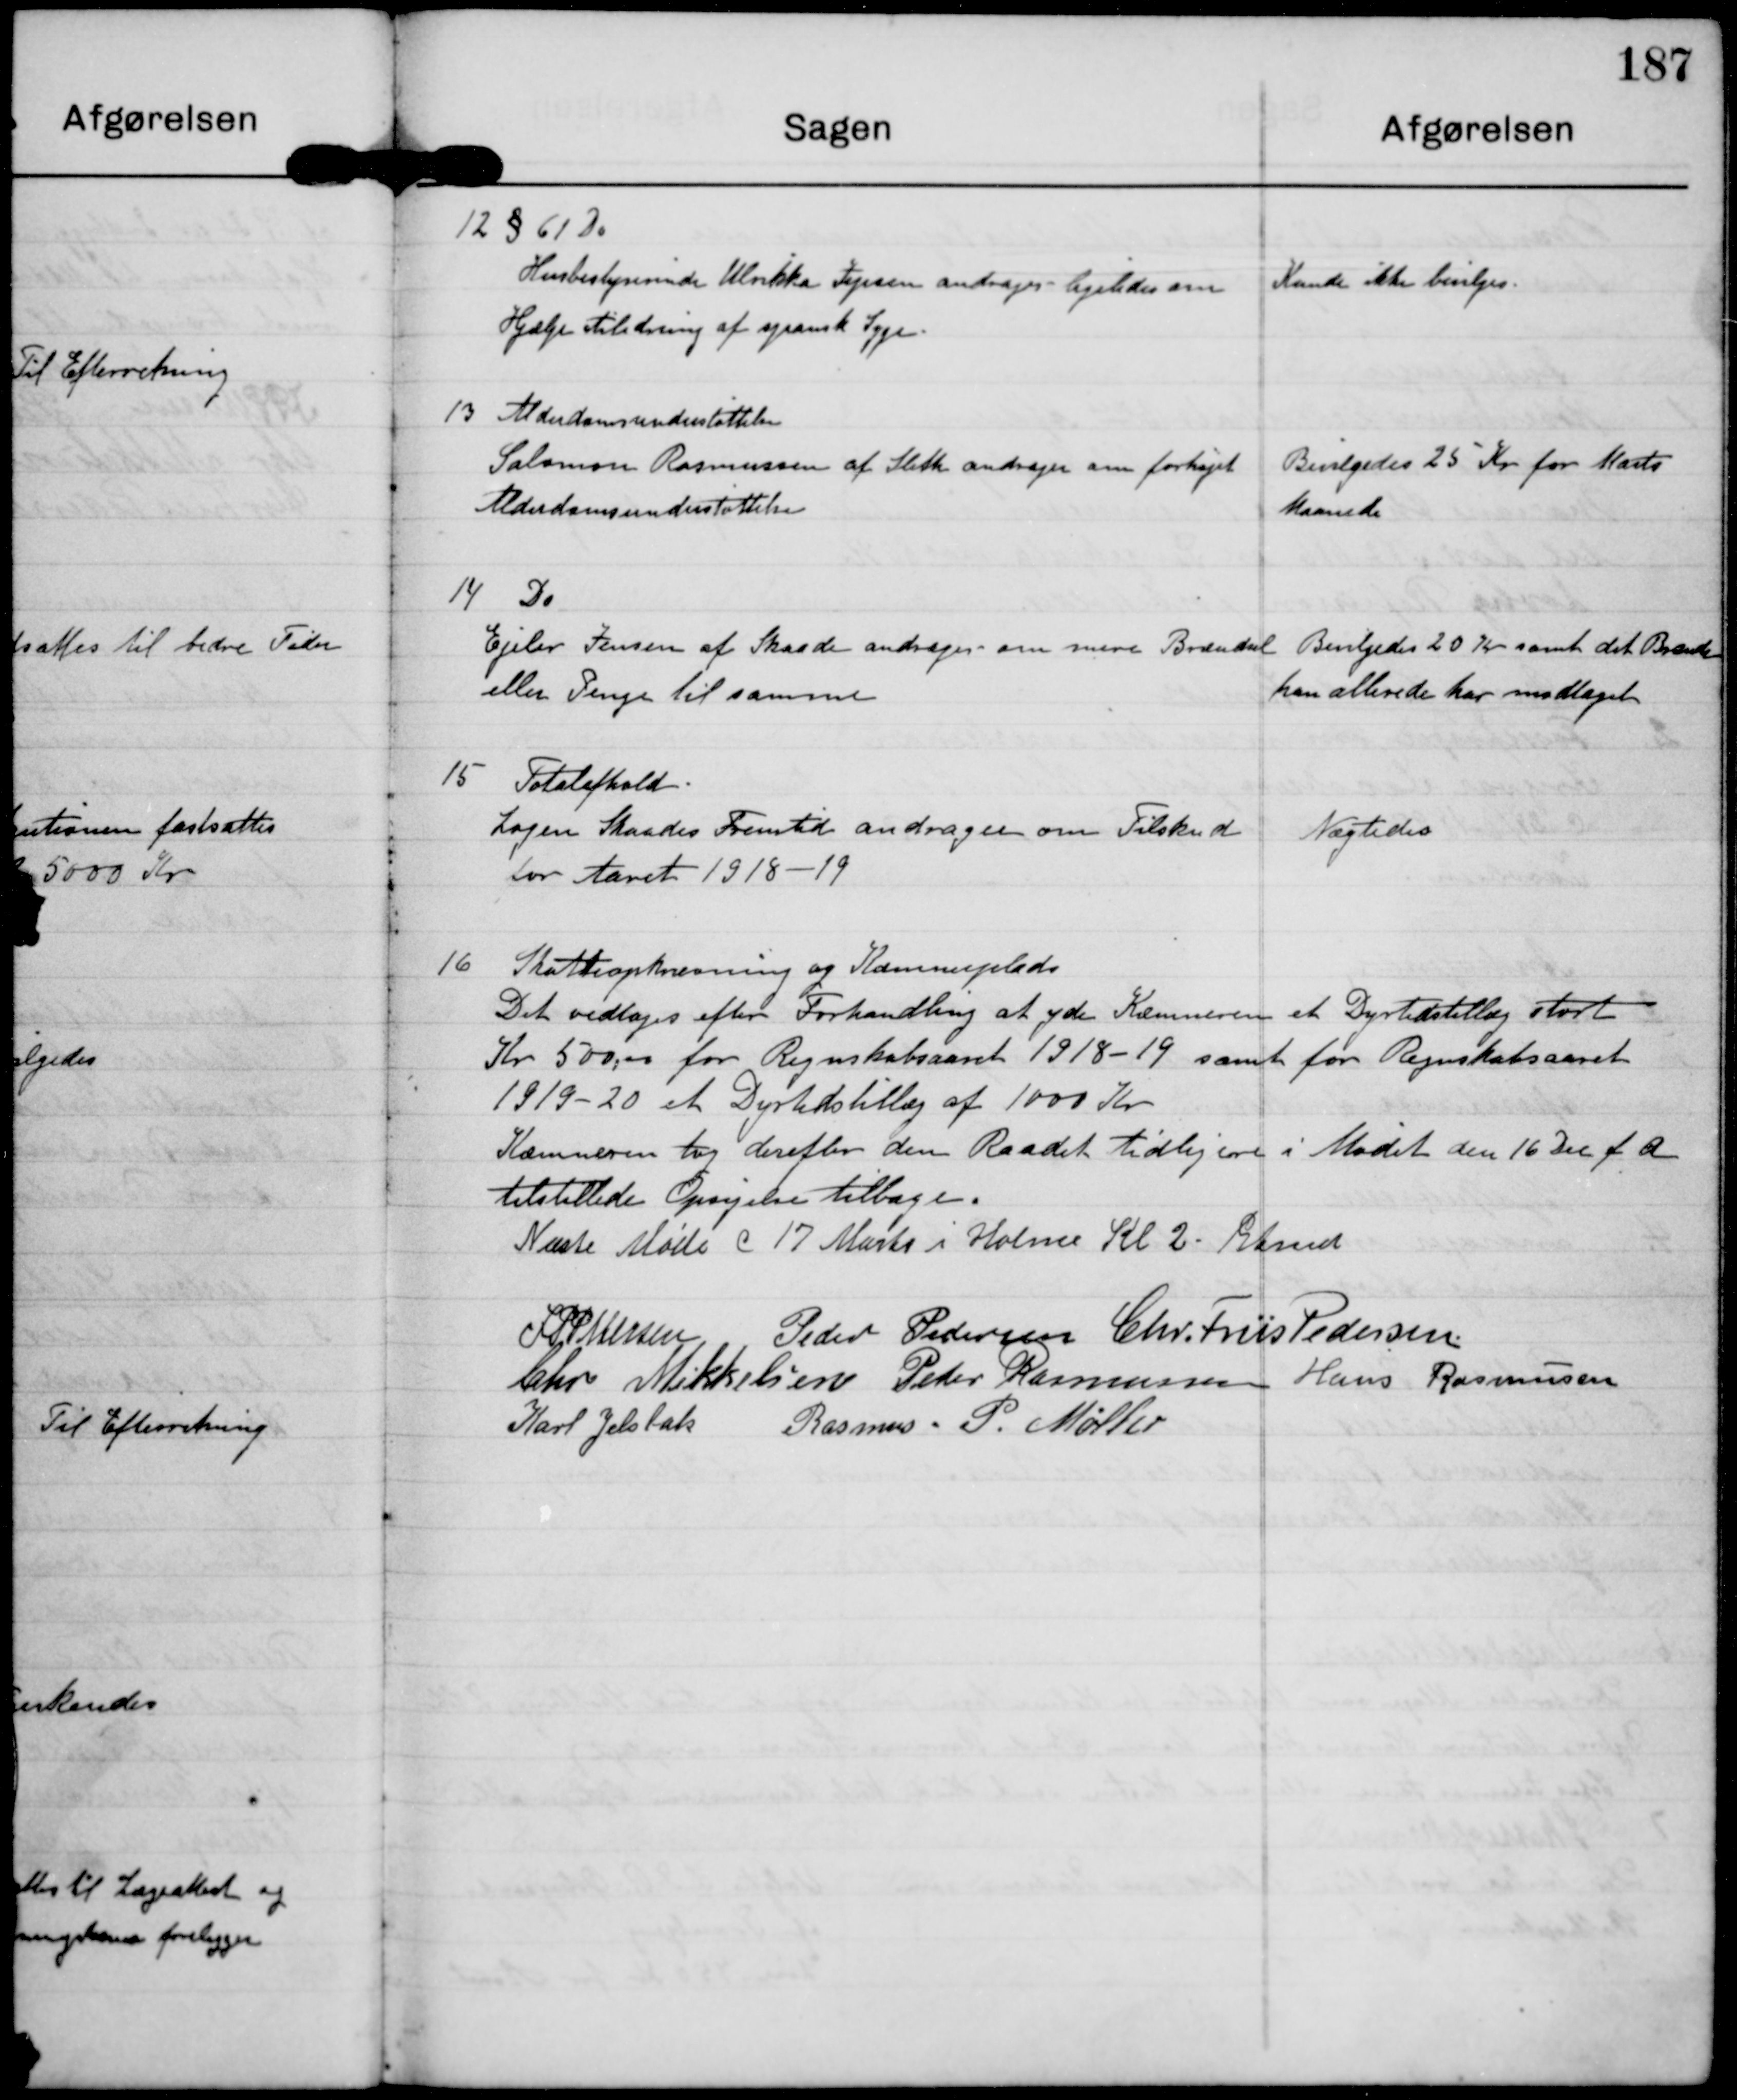
Transskription:
12 §61 Do
Husbestyrerinde Ulrikke Jepsen andrager ligeledes om
Hjælp i Anledning af spansk Syge

Kunde ikke bevilges

13 Alderdomsunderstøttelse
Salomon Rasmussen af Sleth andrager om forhøjet
Alderdomsunderstøttelse

Bevilgedes 25 Kr for Marts
Maaned

14 Do
Ejler Jensen af Skaade andrager om mere Brændsel
eller Penge til samme

Bevilgedes 20 Kr samt det Brænde
han allerede har modtaget

15 Totalafhold
Logen Skaades Fremtid andrager om Tilskud
for Aaret 1918-19

Nægtedes

16
Skatteopkrævning og Kæmnerplads
Det vedtoges efter Forhandling at yder Kæmneren et Dyrtidstillæg stort
Kr 500,00 for Regnskabsaaret 1918-19 samt for Regnskabsaaret
1919-20 et Dyrtidstillæg af 1000 Kr.
Kæmneren tog derefter den Raadet tidligere i Mødet den 16 Dec f.A
tilstillede Opsigelse tilbage

Næste Møde d 17 Marts i Holme Kl. 2 Efmd.

J P Pedersen

Peder Pedersen

Chr. Friis Pedersen

Chr Mikkelsen

Peder Rasmussen

Hans Rasmussen

Karl Jelsbak

Rasmus P. Møller